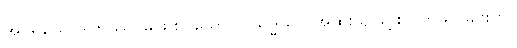
အပရိယောဒါတဿ၊ မဖြူစင်သော။ ဝိသုဒ္ဓိယာ၊ အထူးသဖြင့်စင်ကြယ် ခြင်းငှာ။